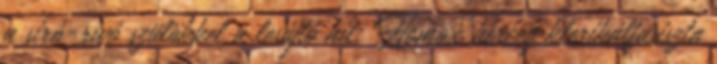
a síró-rívó szülökkel a lesújtó hít: Homox herceg klerikálfasiszta